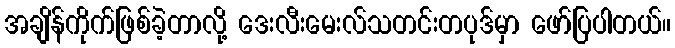
အချိန်ကိုက်ဖြစ်ခဲ့တာလို့ ဒေးလီးမေးလ်သတင်းတပုဒ်မှာ ဖော်ပြပါတယ်။